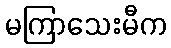
မကြာသေးမီက